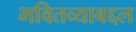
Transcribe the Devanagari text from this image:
भवितव्याबद्दल